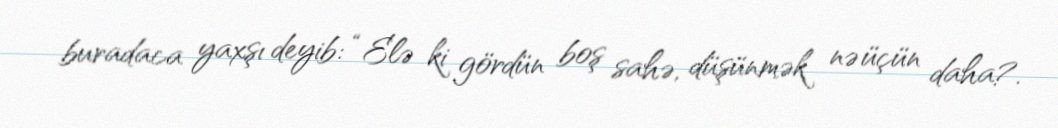
buradaca yaxşı deyib: “Elə ki gördün boş sahə, düşünmək nə üçün daha?.